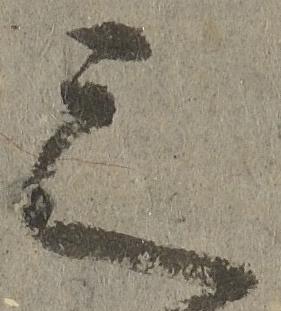
之